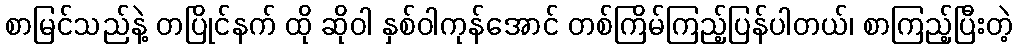
စာမြင်သည်နဲ့ တပြိုင်နက် ထို ဆိုဝါ နှစ်ဝါကုန်အောင် တစ်ကြိမ်ကြည့်ပြန်ပါတယ်၊ စာကြည့်ပြီးတဲ့